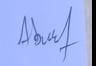
Signature authenticity: genuine